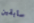
سابقين